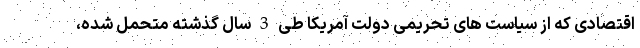
اقتصادی که از سیاست های تحریمی دولت آمریکا طی 3 سال گذشته متحمل شده،